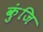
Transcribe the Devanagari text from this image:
कुंजि